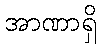
အာဏာရှိ